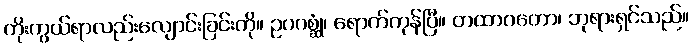
ကိုးကွယ်ရာလည်းလျောင်းခြင်းကို။ ဥပဂစ္ဆုံ၊ ရောက်ကုန်ပြီ။ တထာဂတော၊ ဘုရားရှင်သည်။